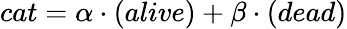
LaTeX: \begin{array}{r}{cat=\alpha\cdot(alive)+\beta\cdot(dead)}\end{array}